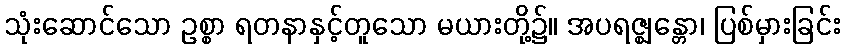
သုံးဆောင်သော ဥစ္စာ ရတနာနှင့်တူသော မယားတို့၌။ အပရဇ္ဈန္တော၊ ပြစ်မှားခြင်း